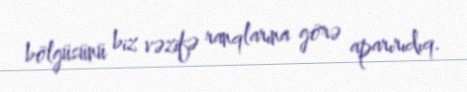
bölgüsünü biz vəzifə ranqlarına görə aparırıdıq.